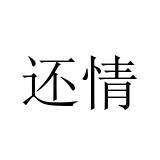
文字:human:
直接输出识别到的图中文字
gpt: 还情